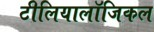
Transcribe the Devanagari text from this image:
टीलियालॉजिकल